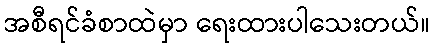
အစီရင်ခံစာထဲမှာ ရေးထားပါသေးတယ်။